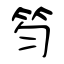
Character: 笉